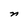
Character: n